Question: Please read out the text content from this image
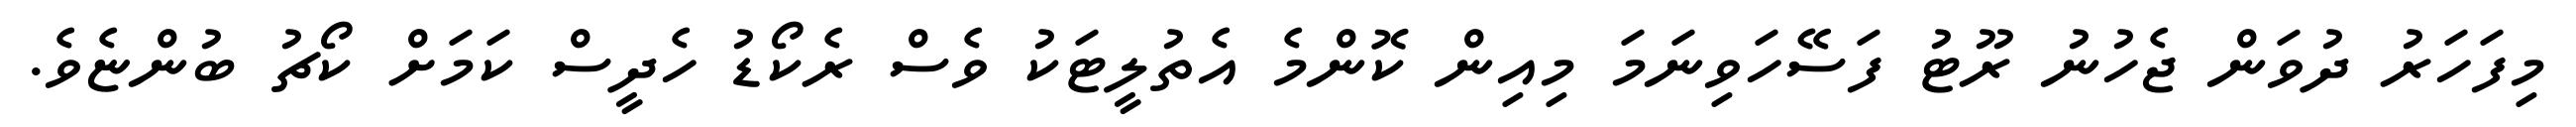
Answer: މިފަހަރު ދުވަން ޖެހުނު ރޫޓު ފަސޭހަވިނަމަ މިއިން ކޮންމެ އެތުލީޓަކު ވެސް ރެކޯޑު ހެދީސް ކަމަށް ކޯޗު ބުންޏެވެ.